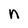
Character: n